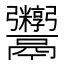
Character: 𬴻